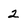
Character: 2